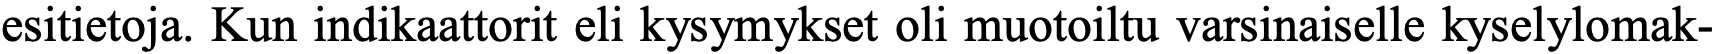
esitietoja. Kun indikaattorit eli kysymykset oli muotoiltu varsinaiselle kyselylomak-